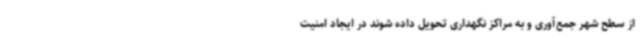
از سطح شهر جمع‌آوری و به مراکز نگهداری تحویل داده شوند در ایجاد امنیت